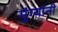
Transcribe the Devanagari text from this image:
मुंग्यांनी